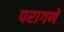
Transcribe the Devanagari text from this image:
परागणे